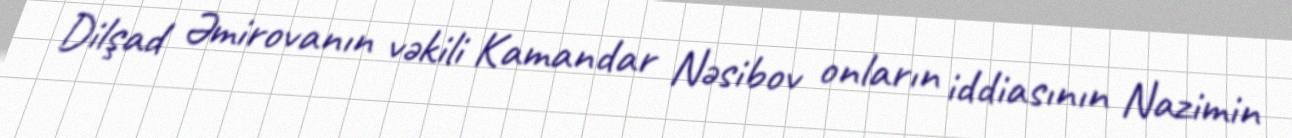
Dilşad Əmirovanın vəkili Kamandar Nəsibov onların iddiasının Nazimin